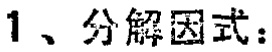
1、分解因式：